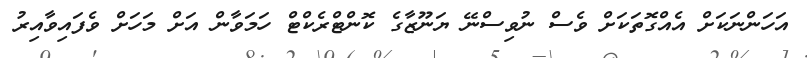
އަހަންނަކަށް އެއްގޮތަކަށް ވެސް ނުވިސްނޭ ޔަނޫޒާގެ ކޮންޓްރެކްޓް ހަމަވާން އަށް މަހަށް ވެފައިވާއިރު